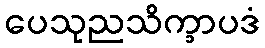
ပေသုညသိက္ခာပဒံ